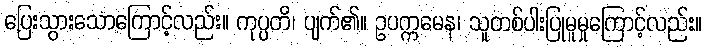
ပြေးသွားသောကြောင့်လည်း။ ကုပ္ပတိ၊ ပျက်၏။ ဥပက္ကမေန၊ သူတစ်ပါးပြုမူမှုကြောင့်လည်း။